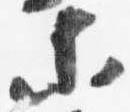
等